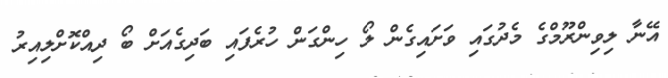
އޭނާ ލިވިންރޫމްގެ މެދުގައި ވަށައިގެން ލޯ ހިންގަން ހުރެފައި ބަދިގެއަށް ބޯ ދިއްކޮށްލިއިރު